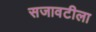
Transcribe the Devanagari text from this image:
सजावटीला